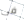
فى